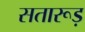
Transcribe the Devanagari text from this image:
सतारूड़